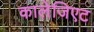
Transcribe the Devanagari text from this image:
कालेजिएट